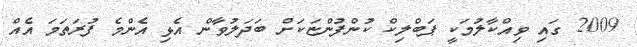
2009 ގައި ވިއްކާލުމަކީ ޕަބްލިކް ކުންފުންޏަކަށް ބަދަލުވާން އެޅި އެންމެ ފުރަތަމަ އެއް